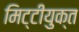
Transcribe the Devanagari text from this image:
मिट्टीयुक्त